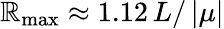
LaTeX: \mathbb{R}_{\mathrm{{max}}}\approx1.12\, L/\left|\mu\right|